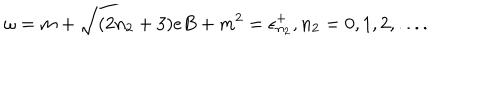
LaTeX: \omega = m + \sqrt { ( 2 n _ { 2 } + 3 ) e B + m ^ { 2 } } = \epsilon _ { n _ { 2 } } ^ { + } , n _ { 2 } = 0 , 1 , 2 , . . . .